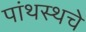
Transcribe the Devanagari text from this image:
पांथस्थचे